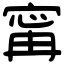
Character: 𡩋